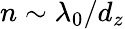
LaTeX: n\sim\lambda_{0}/d_{z}